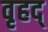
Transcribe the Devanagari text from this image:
वृहद्‌